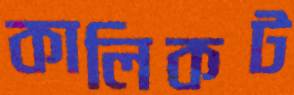
কালিকট